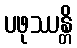
ပဖုဿန္တိ